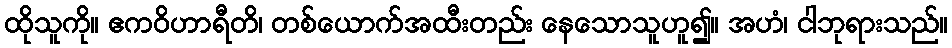
ထိုသူကို။ ဧကဝိဟာရီတိ၊ တစ်ယောက်အထီးတည်း နေသောသူဟူ၍။ အဟံ၊ ငါဘုရားသည်။